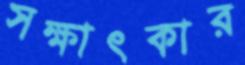
সক্ষাৎকার